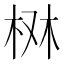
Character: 𣑔